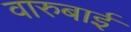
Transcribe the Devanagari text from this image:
वारुबाई